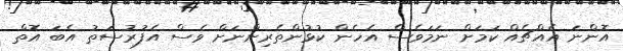
އޮންނަ އެެއްޗެއް ކަމަށް ނަމަވެސް އެހެން ކުޅުންތެރިންނަށް ވެސް އެފުރުސަތު އެބަ އޮތް